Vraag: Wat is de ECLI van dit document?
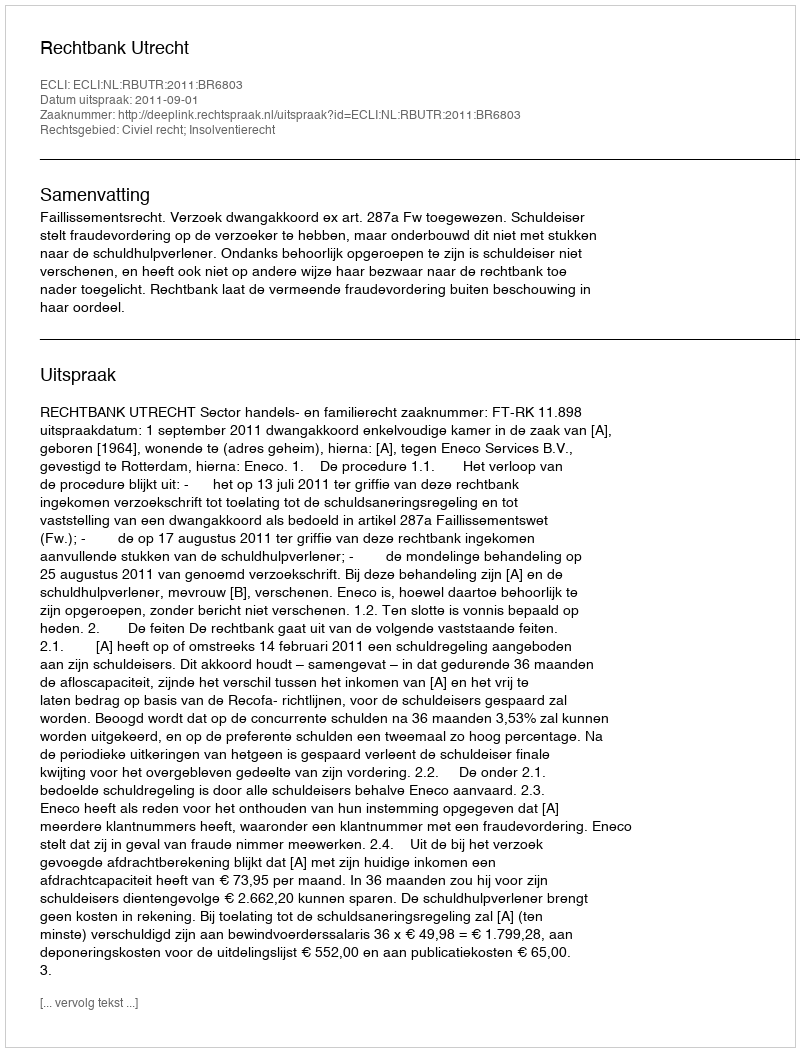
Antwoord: ECLI:NL:RBUTR:2011:BR6803